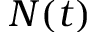
N ( t )